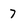
Character: 7